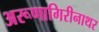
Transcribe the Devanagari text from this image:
अरूणागिरीनाथर